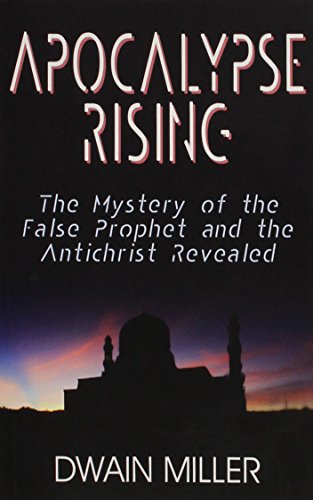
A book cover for Apocalypse Rising: The Mystery of the False Prophet and the Antichrist Revealed; Dwain Miller; Christian Books & Bibles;